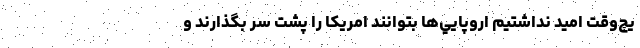
يچ‌وقت اميد نداشتيم اروپايي‌ها بتوانند امريكا را پشت سر بگذارند و